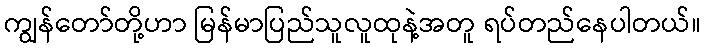
ကျွန်တော်တို့ဟာ မြန်မာပြည်သူလူထုနဲ့အတူ ရပ်တည်နေပါတယ်။